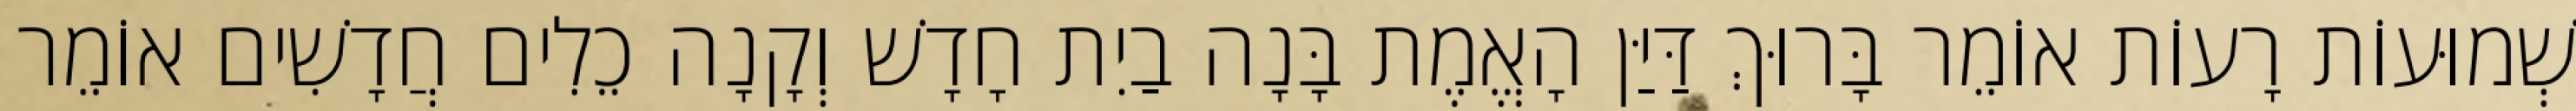
שְׁמוּעוֹת רָעוֹת אוֹמֵר בָּרוּךְ דַּיַּן הָאֱמֶת בָּנָה בַיִת חָדָשׁ וְקָנָה כֵלִים חֲדָשִׁים אוֹמֵר